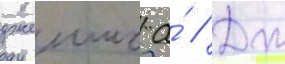
джеимс а́ // Дж